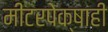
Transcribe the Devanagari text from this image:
मीटरपेक्षाही